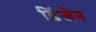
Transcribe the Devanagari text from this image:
डिंजेन